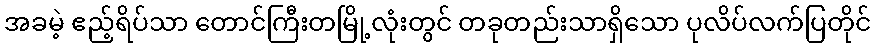
အခမဲ့ ဧည့်ရိပ်သာ တောင်ကြီးတမြို့လုံးတွင် တခုတည်းသာရှိသော ပုလိပ်လက်ပြတိုင်